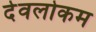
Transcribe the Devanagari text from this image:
देवलोकम